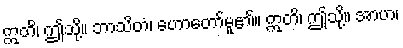
ဣတိ၊ ဤသို့။ ဘာသိတံ၊ ဟောတော်မူ၏။ ဣတိ၊ ဤသို့။ အာဟ၊